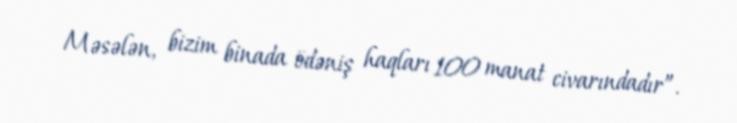
Məsələn, bizim binada ödəniş haqları 100 manat civarındadır”.